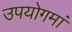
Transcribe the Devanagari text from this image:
उपयोगमां